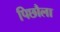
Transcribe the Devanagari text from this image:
पिछौला